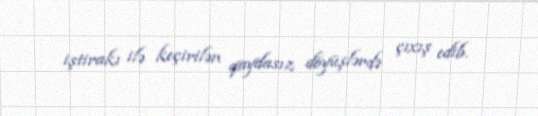
iştirakı ilə keçirilən qaydasız döyüşlərdə çıxış edib.